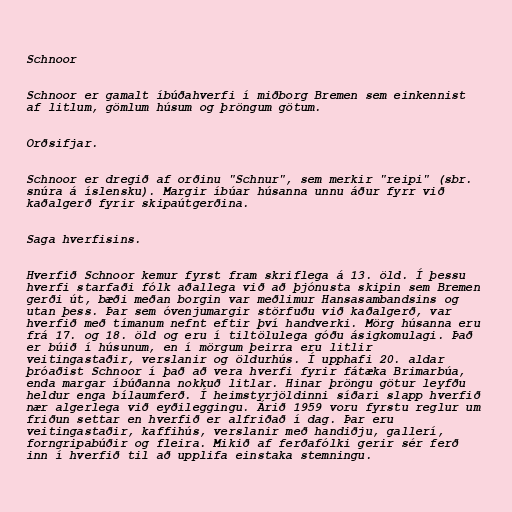
Schnoor

Schnoor er gamalt íbúðahverfi í miðborg Bremen sem einkennist
af litlum, gömlum húsum og þröngum götum.

Orðsifjar.

Schnoor er dregið af orðinu "Schnur", sem merkir "reipi" (sbr.
snúra á íslensku). Margir íbúar húsanna unnu áður fyrr við
kaðalgerð fyrir skipaútgerðina.

Saga hverfisins.

Hverfið Schnoor kemur fyrst fram skriflega á 13. öld. Í þessu
hverfi starfaði fólk aðallega við að þjónusta skipin sem Bremen
gerði út, bæði meðan borgin var meðlimur Hansasambandsins og
utan þess. Þar sem óvenjumargir störfuðu við kaðalgerð, var
hverfið með tímanum nefnt eftir því handverki. Mörg húsanna eru
frá 17. og 18. öld og eru í tiltölulega góðu ásigkomulagi. Það
er búið í húsunum, en í mörgum þeirra eru litlir
veitingastaðir, verslanir og öldurhús. Í upphafi 20. aldar
þróaðist Schnoor í það að vera hverfi fyrir fátæka Brimarbúa,
enda margar íbúðanna nokkuð litlar. Hinar þröngu götur leyfðu
heldur enga bílaumferð. Í heimstyrjöldinni síðari slapp hverfið
nær algerlega við eyðileggingu. Árið 1959 voru fyrstu reglur um
friðun settar en hverfið er alfriðað í dag. Þar eru
veitingastaðir, kaffihús, verslanir með handiðju, gallerí,
forngripabúðir og fleira. Mikið af ferðafólki gerir sér ferð
inn í hverfið til að upplifa einstaka stemningu.